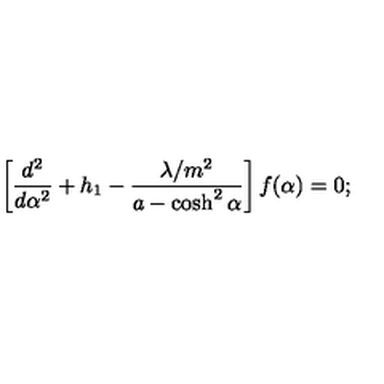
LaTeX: \left[ \frac { d ^ { 2 } } { d \alpha ^ { 2 } } + h _ { 1 } - \frac { \lambda / m ^ { 2 } } { a - \cosh ^ { 2 } \alpha } \right] f ( \alpha ) = 0 ;